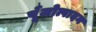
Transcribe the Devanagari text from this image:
पूँजोत्पादन